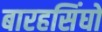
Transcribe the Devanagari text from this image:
बारहसिंघों